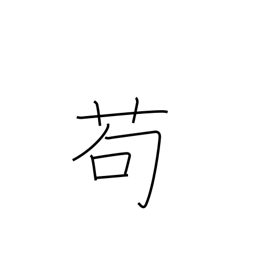
Meaning: in the least